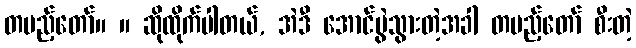
တပည့်တော်။ ။ ဆိုထိုက်ပါတယ်, အဲဒီ အောင်ပွဲသွားတဲ့အခါ တပည့်တော် စီးတဲ့